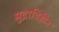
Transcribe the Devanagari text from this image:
मुद्राविहीन